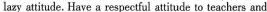
lazy attitude. Have a respectful attitude to teachers and